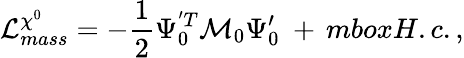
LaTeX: {\cal L}_{mass}^{\chi^{0}}=-{\frac{1}{2}}\Psi_{0}^{'T}{\cal M}_{0}\Psi_{0}^{\prime}\ +\, mbox{H.c.}\, ,